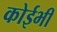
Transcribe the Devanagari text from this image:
कोईभी